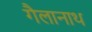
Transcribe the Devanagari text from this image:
गैलानाथ